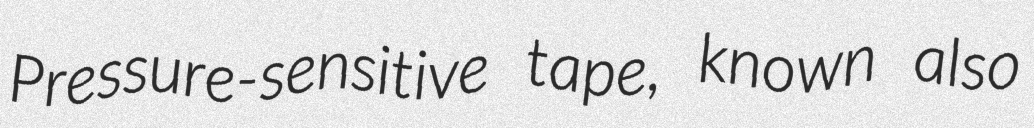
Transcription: Pressure-sensitive tape, known also